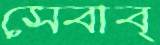
সেবাব্